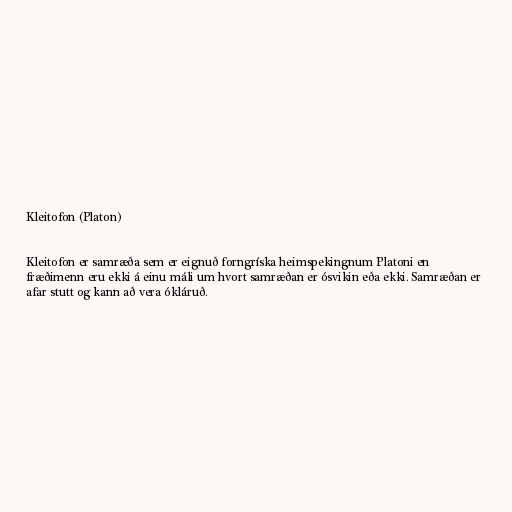
Kleitofon (Platon)

Kleitofon er samræða sem er eignuð forngríska heimspekingnum Platoni en
fræðimenn eru ekki á einu máli um hvort samræðan er ósvikin eða ekki. Samræðan er
afar stutt og kann að vera ókláruð.